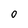
Character: O